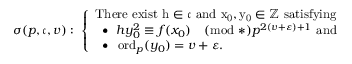
\sigma ( p , \mathfrak { c } , v ) : \; \left\{ \begin{array} { l l } { \mathrm { T h e r e ~ e x i s t ~ h \in \mathfrak { c } ~ a n d ~ x _ 0 , y _ 0 \in \mathbb { Z } ~ s a t i s f y i n g } } \\ { \; \; \bullet \; \; h y _ { 0 } ^ { 2 } \equiv f ( x _ { 0 } ) \pmod * { p ^ { 2 ( v + \varepsilon ) + 1 } } \mathrm { ~ a n d } } \\ { \; \; \bullet \; \; \operatorname { o r d } _ { p } ( y _ { 0 } ) = v + \varepsilon . } \end{array} \right.